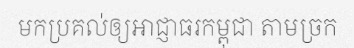
មកប្រគល់ឲ្យអាជ្ញាធរកម្ពុជា តាមច្រក